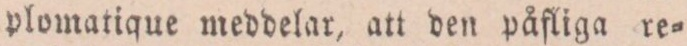
plomatique meddelar, att den påfliga re=